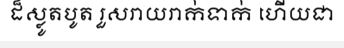
ដ៏ស្លូតបូត រួសរាយរាក់ទាក់ ហើយជា